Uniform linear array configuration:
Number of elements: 24
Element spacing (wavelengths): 0.75
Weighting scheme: blackman
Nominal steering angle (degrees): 30
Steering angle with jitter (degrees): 28.559
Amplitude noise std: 0.05
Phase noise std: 0.05

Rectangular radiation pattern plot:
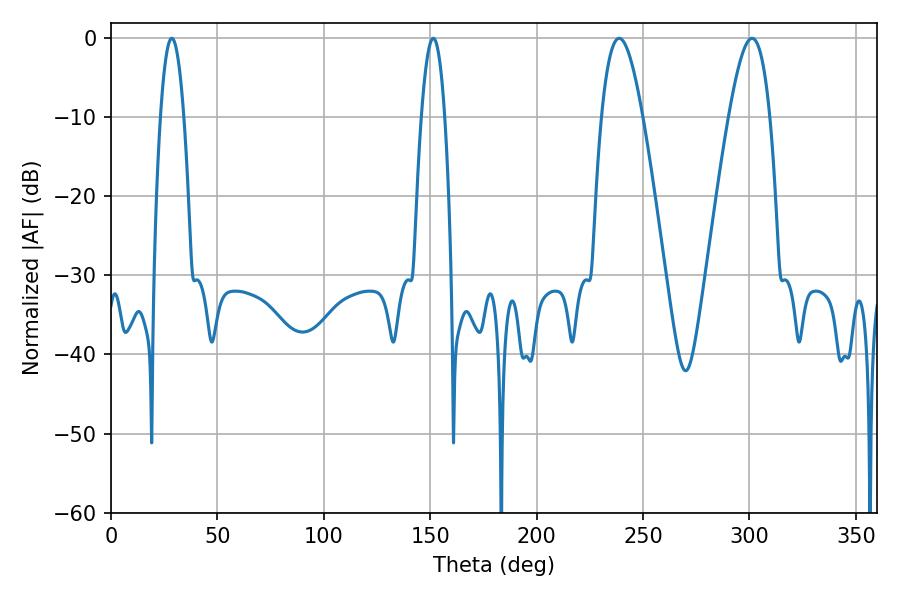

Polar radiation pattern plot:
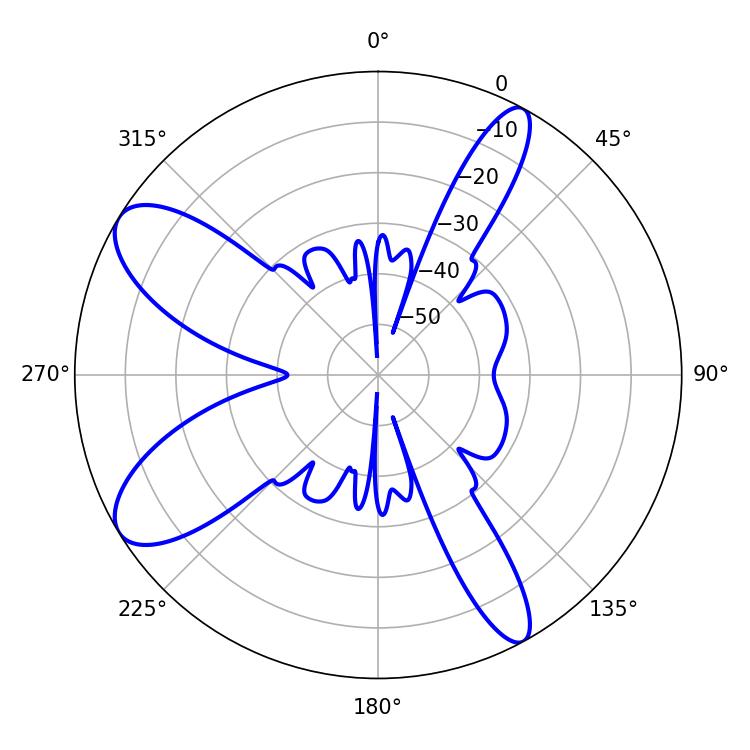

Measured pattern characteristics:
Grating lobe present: TRUE
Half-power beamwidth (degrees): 10.44
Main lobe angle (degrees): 238.86